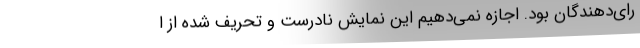
رای‌دهندگان بود. اجازه نمی‌دهیم این نمایش نادرست و تحریف شده از ا